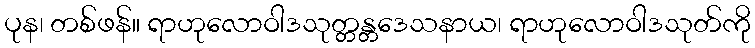
ပုန၊ တစ်ဖန်။ ရာဟုလောဝါဒသုတ္တန္တဒေသနာယ၊ ရာဟုလောဝါဒသုတ်ကို